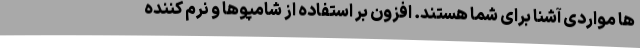
ها مواردی آشنا برای شما هستند. افزون بر استفاده از شامپوها و نرم کننده